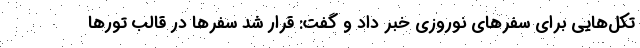
تکل‌هایی برای سفرهای نوروزی خبر داد و گفت: قرار شد سفرها در قالب تورها